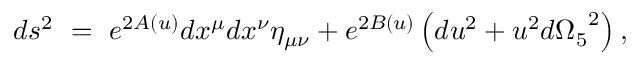
d s ^ { 2 } ~ = ~ e ^ { 2 A ( u ) } d x ^ { \mu } d x ^ { \nu } \eta _ { \mu \nu } + e ^ { 2 B ( u ) } \left( d u ^ { 2 } + u ^ { 2 } d { \Omega _ { 5 } } ^ { 2 } \right) ,